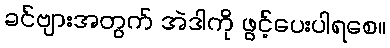
ခင်ဗျားအတွက် အဲဒါကို ဖွင့်ပေးပါရစေ။